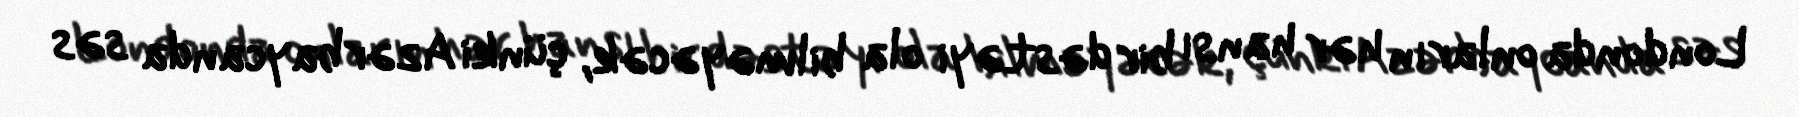
Londonda onların hər hansı bir dəstəyi ola bilməyəcək, çünki Azərbaycanda səs